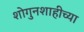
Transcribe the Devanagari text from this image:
शोगुनशाहीच्या